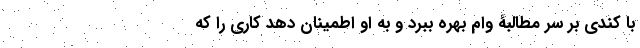
با کندی بر سر مطالبۀ وام بهره ببرد و به او اطمینان دهد کاری را که